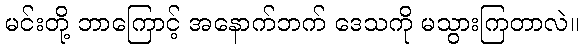
မင်းတို့ ဘာကြောင့် အနောက်ဘက် ဒေသကို မသွားကြတာလဲ။